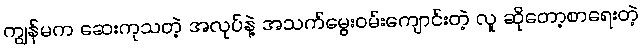
ကျွန်မက ဆေးကုသတဲ့ အလုပ်နဲ့ အသက်မွေးဝမ်းကျောင်းတဲ့ လူ ဆိုတော့စာရေးတဲ့